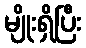
မျိုးရှိပြီး